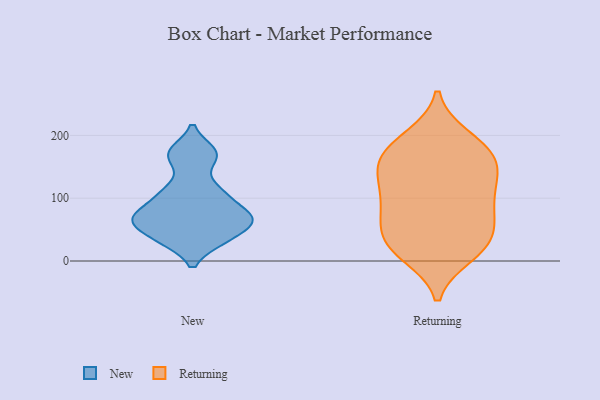
{"axis": {"x": "LTV (USD)", "y": "Value"}, "legend": ["New", "Returning"], "data": [{"x": "", "y": 68, "type": "New"}, {"x": "", "y": 107, "type": "New"}, {"x": "", "y": 173, "type": "New"}, {"x": "", "y": 110, "type": "New"}, {"x": "", "y": 35, "type": "New"}, {"x": "", "y": 71, "type": "New"}, {"x": "", "y": 66, "type": "New"}, {"x": "", "y": 67, "type": "New"}, {"x": "", "y": 166, "type": "New"}, {"x": "", "y": 34, "type": "New"}, {"x": "", "y": 176, "type": "Returning"}, {"x": "", "y": 154, "type": "Returning"}, {"x": "", "y": 20, "type": "Returning"}, {"x": "", "y": 130, "type": "Returning"}, {"x": "", "y": 122, "type": "Returning"}, {"x": "", "y": 79, "type": "Returning"}, {"x": "", "y": 172, "type": "Returning"}, {"x": "", "y": 30, "type": "Returning"}, {"x": "", "y": 90, "type": "Returning"}, {"x": "", "y": 68, "type": "Returning"}, {"x": "", "y": 197, "type": "Returning"}, {"x": "", "y": 153, "type": "Returning"}, {"x": "", "y": 83, "type": "Returning"}, {"x": "", "y": 42, "type": "Returning"}, {"x": "", "y": 10, "type": "Returning"}, {"x": "", "y": 14, "type": "Returning"}, {"x": "", "y": 192, "type": "Returning"}, {"x": "", "y": 115, "type": "Returning"}, {"x": "", "y": 153, "type": "Returning"}, {"x": "", "y": 42, "type": "Returning"}]}